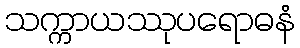
သက္ကာယဿုပရောဓနံ